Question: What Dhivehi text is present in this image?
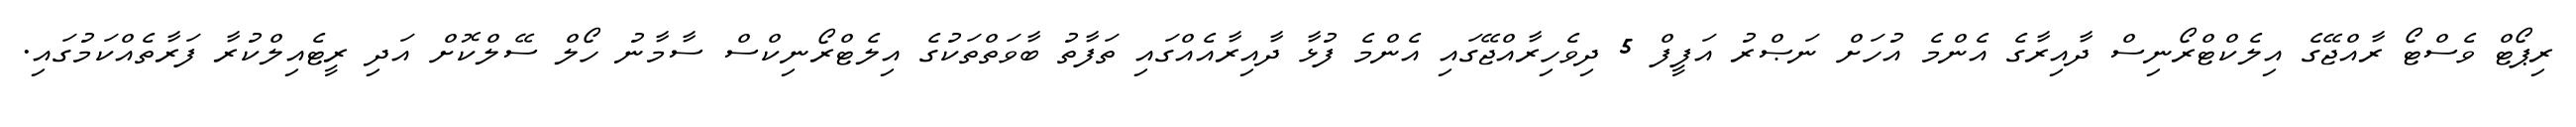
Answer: ރިޕޯޓް ވެސްޓޯ ރާއްޖޭގެ އިލެކްޓްރޯނިސް ދާއިރާގެ އެންމެ އުހަށް ނަޞްރު އަފީފް 5 ދިވެހިރާއްޖޭގައި އެންމެ ފުޅާ ދާއިރާއެއްގައި ތަފާތު ބާވަތްތަކުގެ އިލެޓްރޯނިކްސް ސާމާނު ހޯލް ސޭލްކޮށް އަދި ރީޓެއިލްކުރާ ފަރާތެއްކަމުގައި.